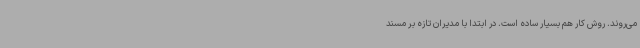
می‌روند. روش کار هم بسیار ساده است. در ابتدا با مدیران تازه بر مسند